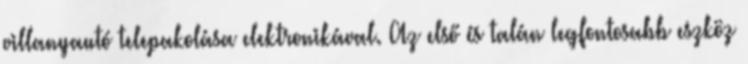
villanyautó telepakolása elektronikával. Az első és talán legfontosabb eszköz